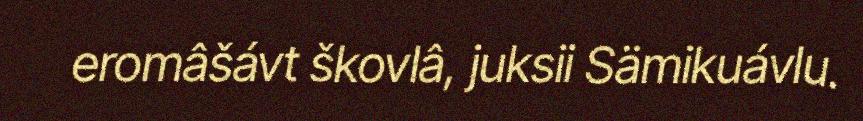
eromâšávt škovlâ, juksii Sämikuávlu.